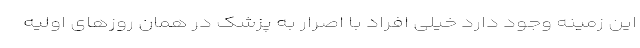
این زمینه وجود دارد خیلی افراد با اصرار به پزشک در همان روزهای اولیه